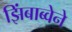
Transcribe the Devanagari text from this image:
झिंबाब्वेने